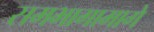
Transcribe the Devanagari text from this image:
समभागामागे